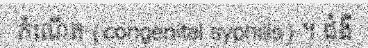
កំណើត (congenital syphilis) ។ ជំងឺ